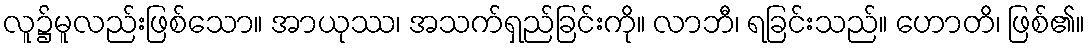
လူ၌မူလည်းဖြစ်သော။ အာယုဿ၊ အသက်ရှည်ခြင်းကို။ လာဘီ၊ ရခြင်းသည်။ ဟောတိ၊ ဖြစ်၏။